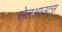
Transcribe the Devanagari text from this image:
सेलआउट्स